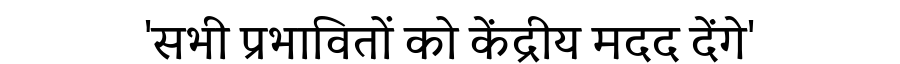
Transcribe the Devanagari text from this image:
'सभी प्रभावितों को केंद्रीय मदद देंगे'